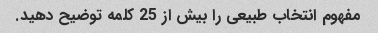
مفهوم انتخاب طبیعی را بیش از 25 کلمه توضیح دهید.